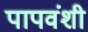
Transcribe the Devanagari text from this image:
पापवंशी